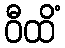
ဝီထိံ